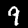
Digit: 9